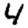
Digit: 4